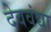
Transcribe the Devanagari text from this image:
देववंद्या